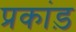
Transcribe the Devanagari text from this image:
प्रकांड़